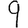
Digit: 9